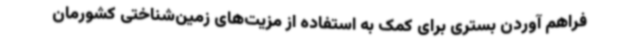
فراهم آوردن بستری برای کمک به استفاده از مزیت‌های زمین‌شناختی کشورمان